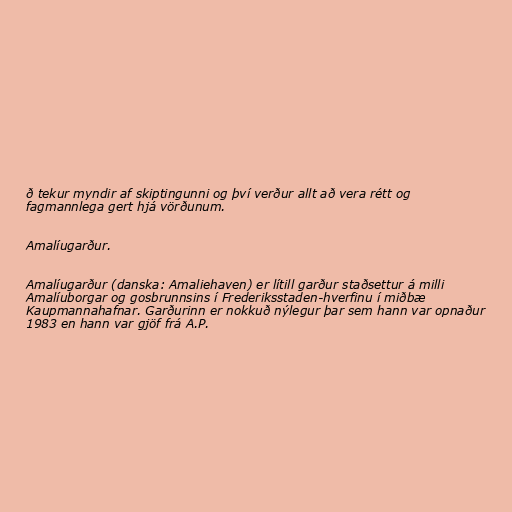
ð tekur myndir af skiptingunni og því verður allt að vera rétt og
fagmannlega gert hjá vörðunum.

Amalíugarður.

Amalíugarður (danska: Amaliehaven) er lítill garður staðsettur á milli
Amalíuborgar og gosbrunnsins í Frederiksstaden-hverfinu í miðbæ
Kaupmannahafnar. Garðurinn er nokkuð nýlegur þar sem hann var opnaður
1983 en hann var gjöf frá A.P.